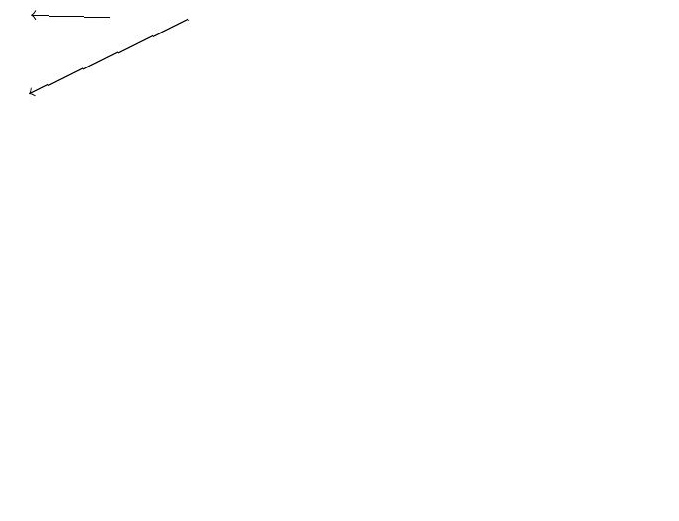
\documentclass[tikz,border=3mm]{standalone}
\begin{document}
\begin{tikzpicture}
\draw (11,12) circle (0);
\draw[->] (5,18) -- (3,17);
\draw[->] (4,18) -- (3,18);
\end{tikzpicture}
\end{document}